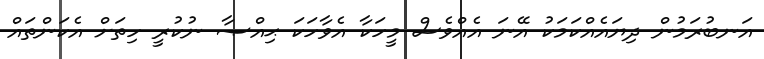
އަނބުރަމުން ދިޔައެއްކަމަކު އޭނަ އެއްވެސް މީހަކާ އެވާހަކަ ޙިއްޞާ ނުކުރީ ހިތަށް އެކަންތައް